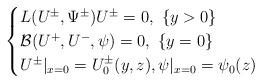
LaTeX: \begin{align*}\begin{cases}L(U^\pm, \Psi^\pm)U^\pm=0, ~\{y>0\}\\{\mathcal B}(U^+, U^-, \psi)=0, ~\{y=0\}\\U^\pm|_{x=0}=U_0^\pm(y,z), \psi|_{x=0}=\psi_0(z)\end{cases}\end{align*}